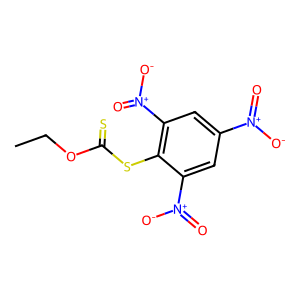
SMILES: CCOC(=S)Sc1c([N+](=O)[O-])cc([N+](=O)[O-])cc1[N+](=O)[O-]
Inhibits HIV replication: No